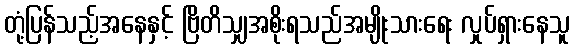
တုံ့ပြန်သည့်အနေနှင့် ဗြိတိသျှအစိုးရသည်အမျိုးသားရေး လှုပ်ရှားနေသူ